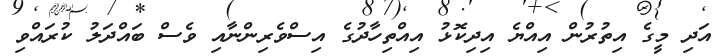
އަދި މީގެ އިތުރުން އިއްޔެ އިދިކޮޅު އިއްތިހާދުގެ އިސްވެރިންނާއި ވެސް ބައްދަލު ކުރައްވި